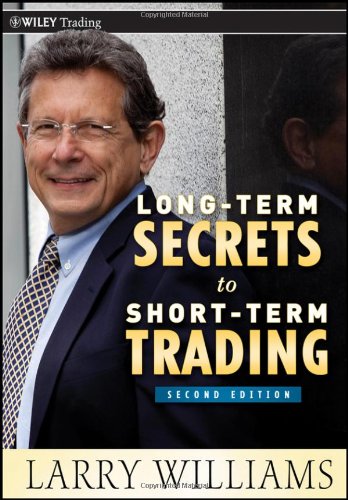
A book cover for Long-Term Secrets to Short-Term Trading; Larry Williams; Business & Money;